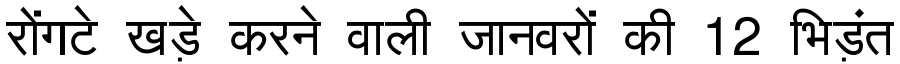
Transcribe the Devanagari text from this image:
रोंगटे खड़े करने वाली जानवरों की 12 भिड़ंत